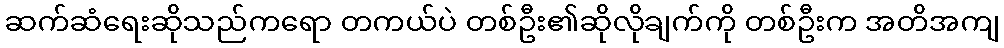
ဆက်ဆံရေးဆိုသည်ကရော တကယ်ပဲ တစ်ဦး၏ဆိုလိုချက်ကို တစ်ဦးက အတိအကျ